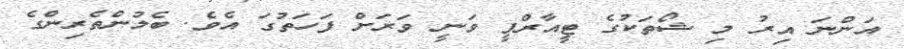
އަންނަ އިރު މި ޝޯތަކުގެ ޓީއާރްޕީ ވަނީ ވަރަށް ފަހަތުގަ އެވެ. ބެލުންތެރިންގެ